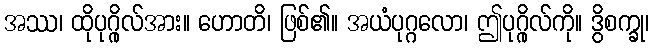
အဿ၊ ထိုပုဂ္ဂိုလ်အား။ ဟောတိ၊ ဖြစ်၏။ အယံပုဂ္ဂလော၊ ဤပုဂ္ဂိုလ်ကို။ ဒွိစက္ခု၊